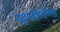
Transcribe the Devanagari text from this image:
न्युजीलैण्ड